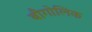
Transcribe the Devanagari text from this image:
बौगोलिक